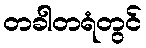
တခါတရံတွင်